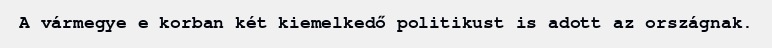
A vármegye e korban két kiemelkedő politikust is adott az országnak.